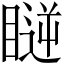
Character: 𥉥